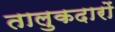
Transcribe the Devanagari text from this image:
तालुकदारों